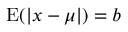
\operatorname { E } ( | x - \mu | ) = b